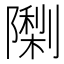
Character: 𮥨